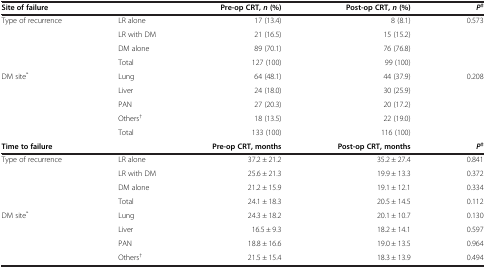
<table><thead><tr><td><b>Site of failure</b></td><td><b> </b></td><td><b>Pre-op CRT, <i>n </i>(%)</b></td><td><b>Post-op CRT, <i>n </i>(%)</b></td><td><b><i>P</i><sup>‡</sup></b></td></tr></thead><tbody><tr><td>Type of recurrence</td><td>LR alone</td><td>17 (13.4)</td><td>8 (8.1)</td><td>0.573</td></tr><tr><td> </td><td>LR with DM</td><td>21 (16.5)</td><td>15 (15.2)</td><td> </td></tr><tr><td> </td><td>DM alone</td><td>89 (70.1)</td><td>76 (76.8)</td><td> </td></tr><tr><td> </td><td>Total</td><td>127 (100)</td><td>99 (100)</td><td> </td></tr><tr><td>DM site<sup>*</sup></td><td>Lung</td><td>64 (48.1)</td><td>44 (37.9)</td><td>0.208</td></tr><tr><td> </td><td>Liver</td><td>24 (18.0)</td><td>30 (25.9)</td><td> </td></tr><tr><td> </td><td>PAN</td><td>27 (20.3)</td><td>20 (17.2)</td><td> </td></tr><tr><td> </td><td>Others<sup>†</sup></td><td>18 (13.5)</td><td>22 (19.0)</td><td> </td></tr><tr><td> </td><td>Total</td><td>133 (100)</td><td>116 (100)</td><td> </td></tr><tr><td><b>Time to failure</b></td><td> </td><td><b>Pre-op CRT, months</b></td><td><b>Post-op CRT, months</b></td><td><b><i>P</i></b><sup><b>‡</b></sup></td></tr><tr><td>Type of recurrence</td><td>LR alone</td><td>37.2 ± 21.2</td><td>35.2 ± 27.4</td><td>0.841</td></tr><tr><td> </td><td>LR with DM</td><td>25.6 ± 21.3</td><td>19.9 ± 13.3</td><td>0.372</td></tr><tr><td> </td><td>DM alone</td><td>21.2 ± 15.9</td><td>19.1 ± 12.1</td><td>0.334</td></tr><tr><td> </td><td>Total</td><td>24.1 ± 18.3</td><td>20.5 ± 14.5</td><td>0.112</td></tr><tr><td>DM site<sup>*</sup></td><td>Lung</td><td>24.3 ± 18.2</td><td>20.1 ± 10.7</td><td>0.130</td></tr><tr><td> </td><td>Liver</td><td>16.5 ± 9.3</td><td>18.2 ± 14.1</td><td>0.597</td></tr><tr><td> </td><td>PAN</td><td>18.8 ± 16.6</td><td>19.0 ± 13.5</td><td>0.964</td></tr><tr><td> </td><td>Others<sup>†</sup></td><td>21.5 ± 15.4</td><td>18.3 ± 13.9</td><td>0.494</td></tr></tbody></table>